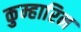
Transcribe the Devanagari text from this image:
कुम्हारिन